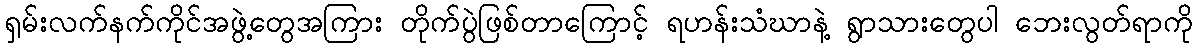
ရှမ်းလက်နက်ကိုင်အဖွဲ့တွေအကြား တိုက်ပွဲဖြစ်တာကြောင့် ရဟန်းသံဃာနဲ့ ရွာသားတွေပါ ဘေးလွတ်ရာကို